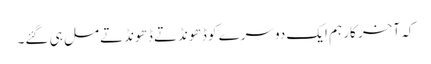
کہ آخر کار ہم ایک دوسرے کو ڈ ھونڈتے ڈھونڈتے مل ہی گئے۔